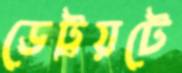
ডেট্রয়টে